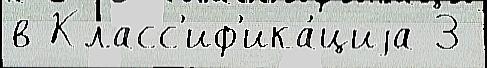
в Класс'иф'ика́циjа 3